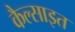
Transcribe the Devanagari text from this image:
कैल्साइत